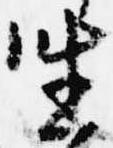
坐